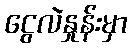
ငွေလဲနှုန်းမှာ